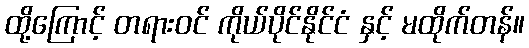
ထို့ကြောင့် တရားဝင် ကိုယ်ပိုင်နိုင်ငံ နှင့် မထိုက်တန်။